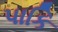
પાકિ